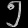
Digit: ၅